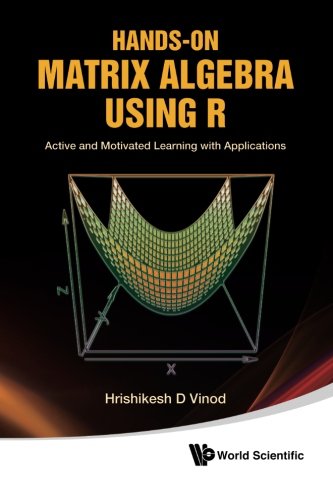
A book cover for Hands-On Matrix Algebra Using R: Active and Motivated Learning with Applications; Hrishikesh D Vinod; Science & Math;